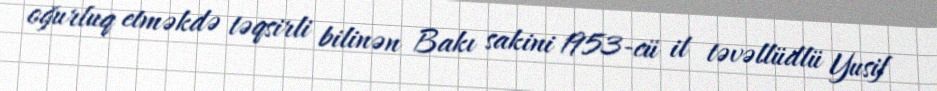
oğurluq etməkdə təqsirli bilinən Bakı sakini 1953-cü il təvəllüdlü Yusif